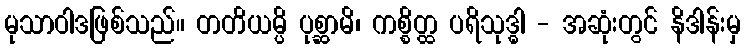
မုသာဝါဒဖြစ်သည်။ တတိယမ္ပိ ပုစ္ဆာမိ၊ ကစ္စိတ္ထ ပရိသုဒ္ဓါ - အဆုံးတွင် နိဒါန်းမှ